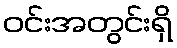
ဝင်းအတွင်းရှိ